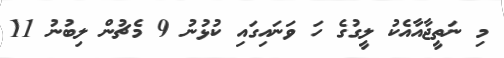
މި ނަތީޖާއާއެކު ލީގުގެ ހަ ވަނައިގައި ކުޅުނު 9 މެޗުން ލިބުނު 11